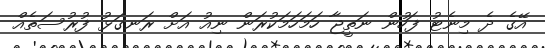
އޭގެ ދެ މިނެޓު ފަހުން ނަތީޖާ ހަމަހަމަކުރަން ނިއު އަށް ރަނގަޅު ފުރުސަތެއް